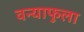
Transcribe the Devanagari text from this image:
वन्याफुला